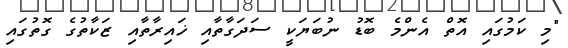
"މި ކަމުގައި އޮތް އެންމެ ބޮޑު ނުބަޔަކީ ސަދަގާތާއި ޚައިރާތާއި ޒަކާތުގެ ގޮތުގައި